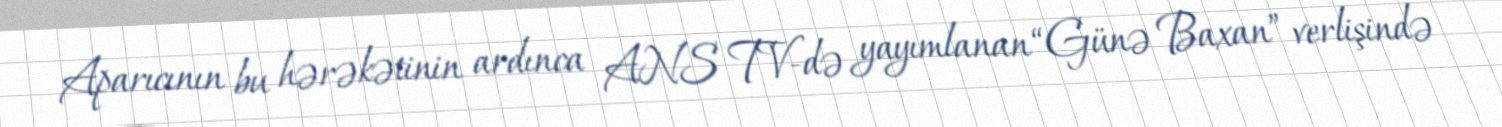
Aparıcının bu hərəkətinin ardınca ANS TV-də yayımlanan “Günə Baxan” verlişində